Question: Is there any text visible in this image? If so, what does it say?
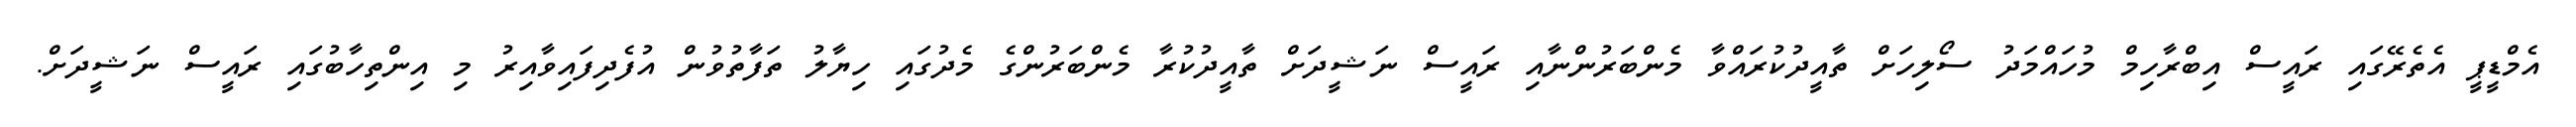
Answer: އެމްޑީޕީ އެތެރޭގައި ރައީސް އިބްރާހިމް މުހައްމަދު ސޯލިހަށް ތާއީދުކުރައްވާ މެންބަރުންނާއި ރައީސް ނަޝީދަށް ތާއީދުކުރާ މެންބަރުންގެ މެދުގައި ހިޔާލު ތަފާތުވުން އުފެދިފައިވާއިރު މި އިންތިހާބުގައި ރައީސް ނަޝީދަށް.